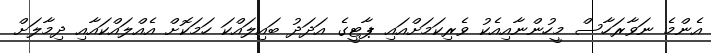
އެންމެ ނަވާރަހާސް މީހުންނާއިއެކު ވެރިކަމަށްއައި ޕާޓީގެ އަދަދު ބައިލައްކަ ހަމަކޮށް އެއްލައްކައާއި ދިމާލަށް